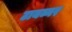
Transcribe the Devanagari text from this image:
टायब्नर